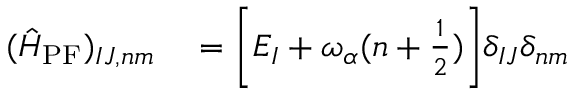
\begin{array} { r l } { ( \hat { H } _ { \mathrm { P F } } ) _ { I J , n m } } & { { } = \bigg [ E _ { I } + \omega _ { \alpha } ( n + \frac { 1 } { 2 } ) \bigg ] \delta _ { I J } \delta _ { n m } } \end{array}